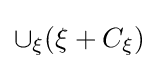
\cup _{\xi }(\xi +C_{\xi })